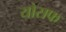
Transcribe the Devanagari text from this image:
योसफ